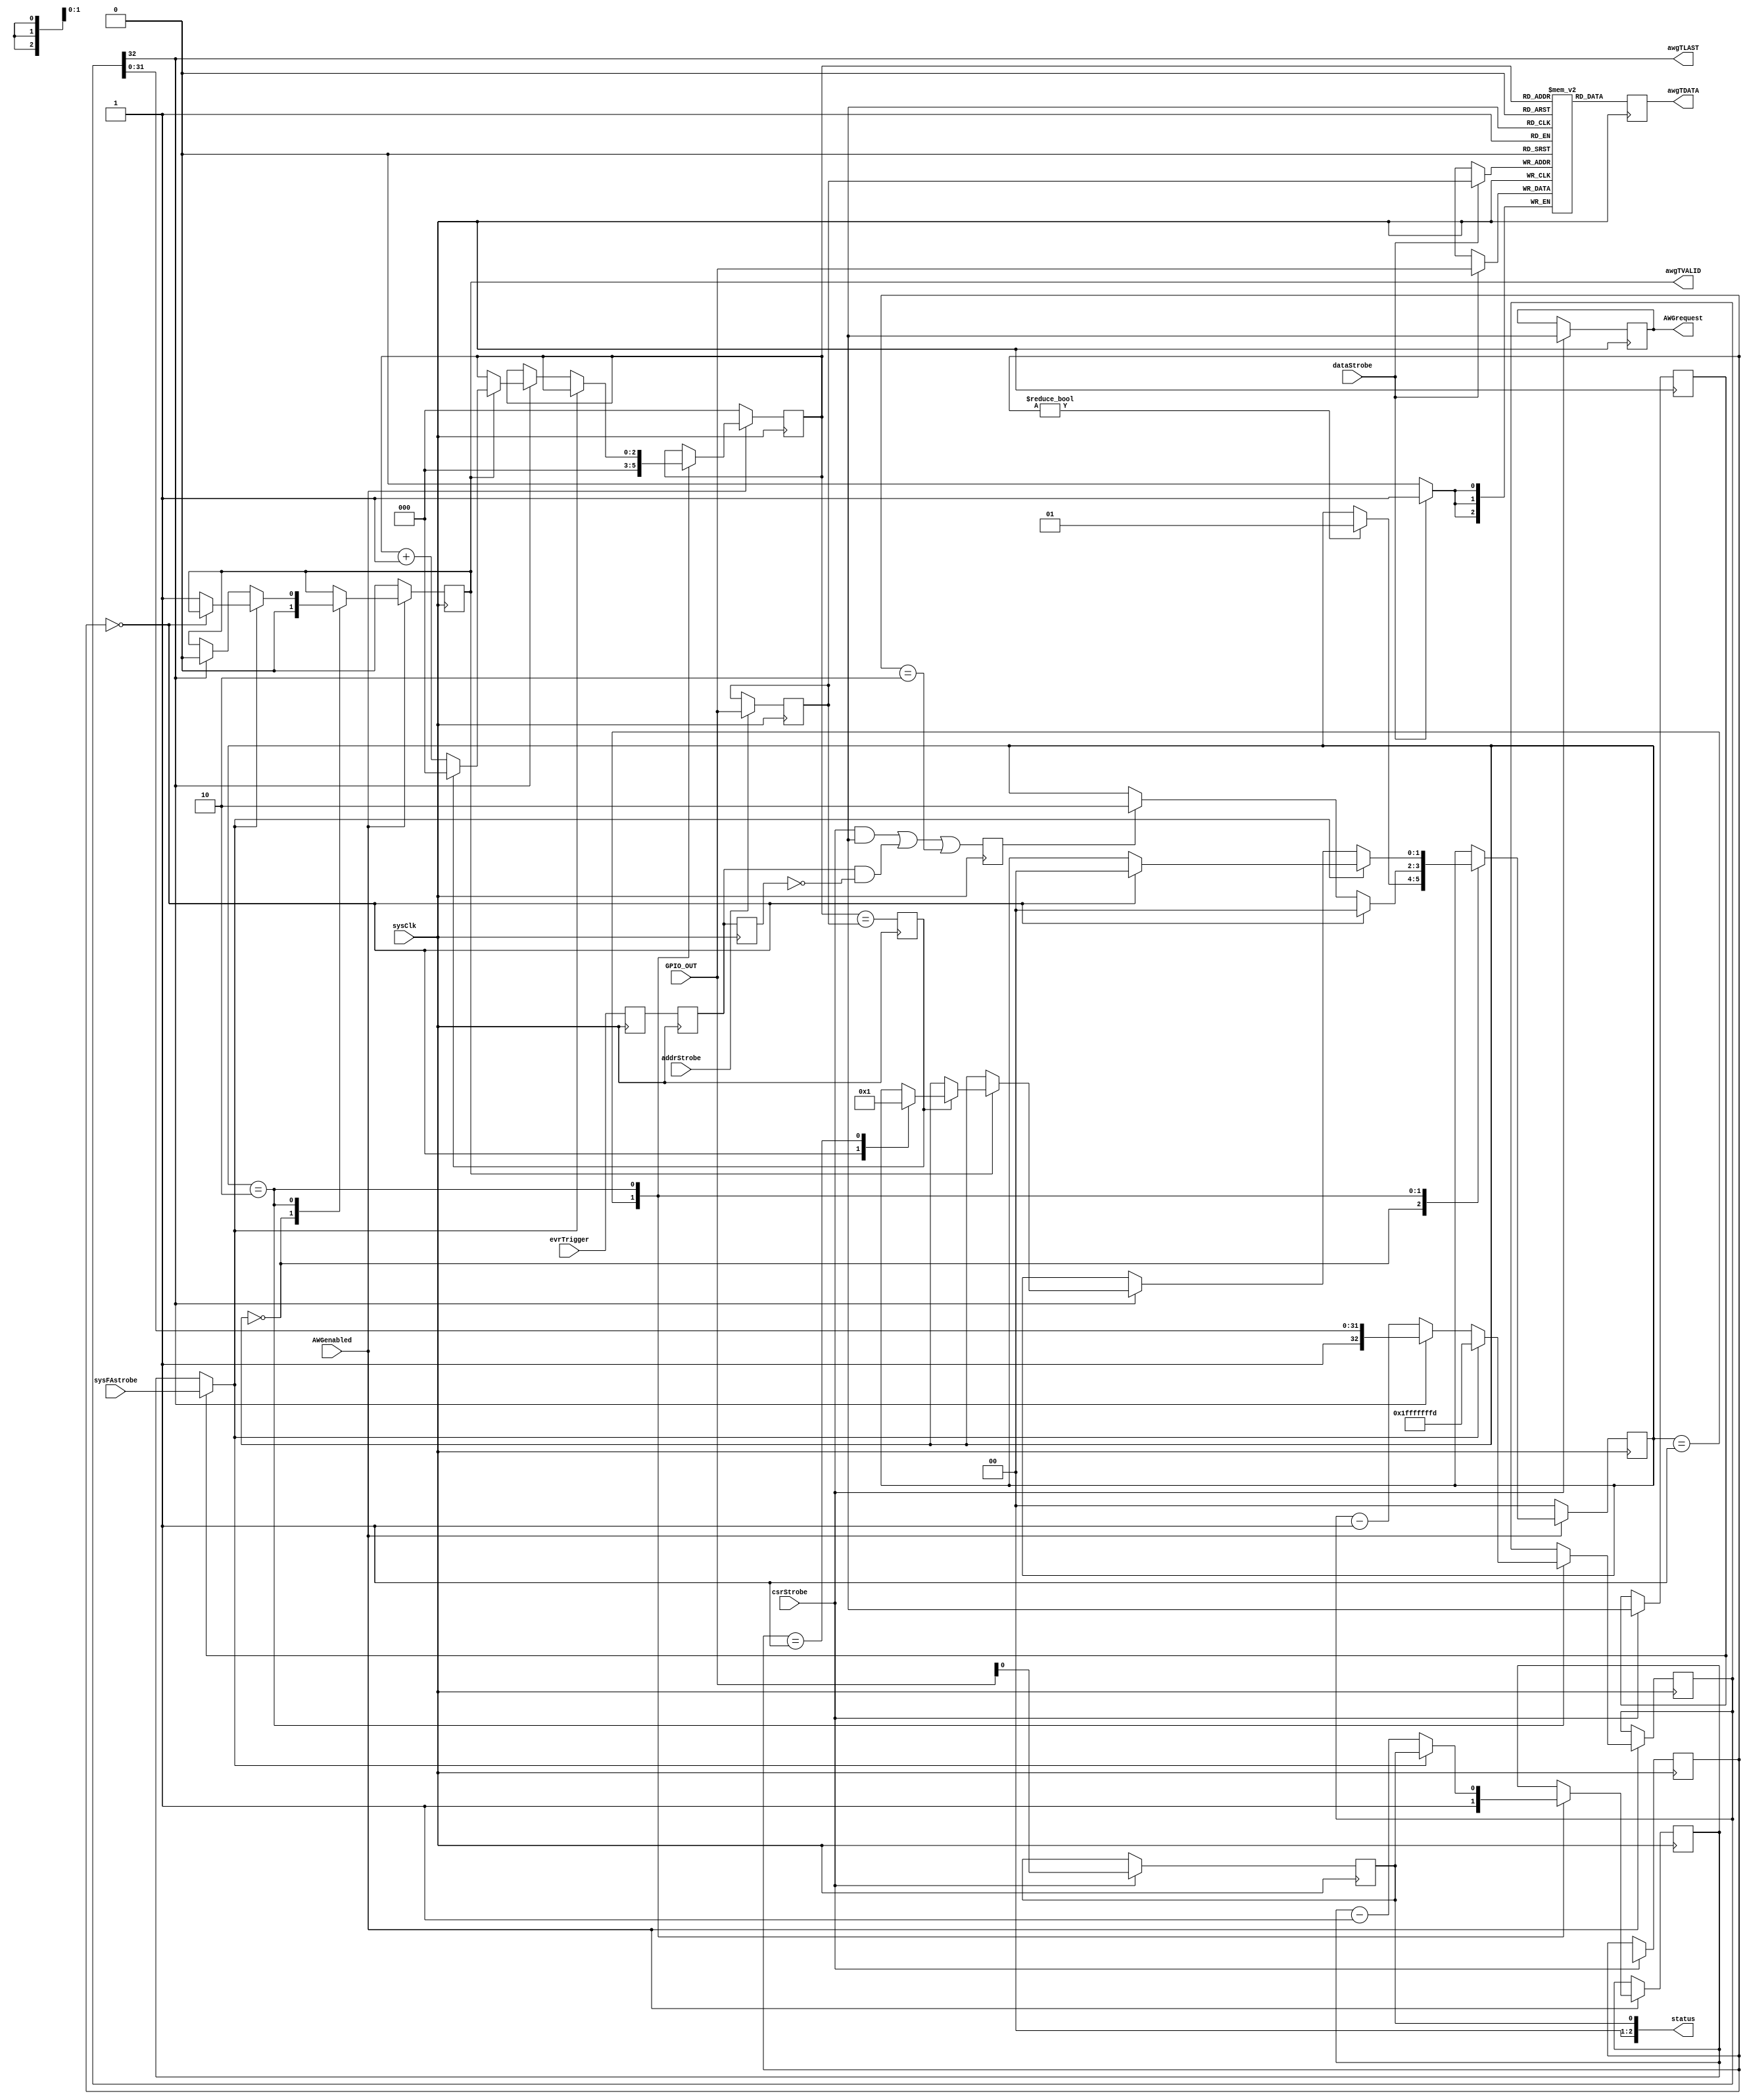
module psAWG #(
    parameter SETPOINT_COUNT = -1,
    parameter DATA_WIDTH     = -1,
    parameter ADDR_WIDTH     = -1,
    parameter SYSCLK_RATE    = -1,
    parameter DEBUG          = "false"
    ) (
    input                        sysClk,
    input                        csrStrobe,
    input                        addrStrobe,
    input                        dataStrobe,
    input       [DATA_WIDTH-1:0] GPIO_OUT,
    output wire [DATA_WIDTH-1:0] status,

    input                        evrTrigger,
    input                        sysFAstrobe,

    output reg                   AWGrequest = 0,
    input                        AWGenabled,

    (*mark_debug=DEBUG*) output wire [DATA_WIDTH-1:0] awgTDATA,
    (*mark_debug=DEBUG*) output reg                   awgTVALID = 0,
    (*mark_debug=DEBUG*) output wire                  awgTLAST);

// Up to 1 ms per point
localparam SAMPLE_INTERVAL_COUNTER_WIDTH = $clog2(SYSCLK_RATE/1000) + 1;
reg [SAMPLE_INTERVAL_COUNTER_WIDTH-1:0] intervalCounterReload;
reg [SAMPLE_INTERVAL_COUNTER_WIDTH-1:0] intervalCounter;
wire intervalCounterDone = intervalCounter[SAMPLE_INTERVAL_COUNTER_WIDTH-1];

reg useFAmarker = 0;
(*mark_debug=DEBUG*)
wire sampleTrigger = useFAmarker ? sysFAstrobe : intervalCounterDone;

(*ASYNC_REG="true"*) reg sysEvrTrigger_m;
(*mark_debug=DEBUG*) reg sysEvrTrigger;
                     reg sysEvrTrigger_d;

(*mark_debug=DEBUG*) reg [ADDR_WIDTH-1:0] writeAddress, readAddress;
reg [DATA_WIDTH-1:0] dpram [0:(1<<ADDR_WIDTH)-1], dpramQ;
assign awgTDATA = dpramQ;

localparam SETPOINT_COUNTER_WIDTH = $clog2(SETPOINT_COUNT);
reg [SETPOINT_COUNTER_WIDTH:0] setpointCounter;
wire setpointCounterDone = setpointCounter[SETPOINT_COUNTER_WIDTH];
assign awgTLAST = setpointCounterDone;

(*mark_debug=DEBUG*) reg trigger = 0;
(*mark_debug=DEBUG*) reg addressMatch = 0;
localparam ST_IDLE   = 2'd0,
           ST_ARMED  = 2'd1,
           ST_ACTIVE = 2'd2;
(*mark_debug=DEBUG*) reg [1:0] state = ST_IDLE;

localparam MODE_DISABLED   = 2'd0;
localparam MODE_RETRIGGER  = 2'd1;
localparam MODE_CONTINUOUS = 2'd2;
(*mark_debug=DEBUG*) reg [1:0] mode     = MODE_DISABLED;

assign status = { AWGrequest, AWGenabled, state,
                  1'b0, useFAmarker, mode,
                  {24-SAMPLE_INTERVAL_COUNTER_WIDTH{1'b0}},
                  intervalCounterReload };

always @(posedge sysClk) begin
    sysEvrTrigger_m <= evrTrigger;
    sysEvrTrigger   <= sysEvrTrigger_m;
    sysEvrTrigger_d <= sysEvrTrigger;
    trigger <= ((csrStrobe && GPIO_OUT[27])
             || (sysEvrTrigger && !sysEvrTrigger_d)
             || (mode == MODE_CONTINUOUS));
    addressMatch <= (readAddress == writeAddress);

    // DPRAM
    if (addrStrobe) writeAddress <= GPIO_OUT[ADDR_WIDTH-1:0];
    if (dataStrobe) dpram[writeAddress] <= GPIO_OUT;
    dpramQ <= dpram[readAddress];

    // Control
    if (csrStrobe) begin
        // psMux ensures that AWGenabled transitions occur between packets
        AWGrequest  <= GPIO_OUT[31];
        useFAmarker <= GPIO_OUT[26];
        mode        <= GPIO_OUT[25:24];
        intervalCounterReload <= GPIO_OUT[SAMPLE_INTERVAL_COUNTER_WIDTH-1:0];
    end

    // AWG state machine
    if (AWGenabled) begin
        case (state)
        ST_IDLE: begin
            awgTVALID <= 0;
            if (mode != MODE_DISABLED) begin
                state <= ST_ARMED;
            end
        end
        ST_ARMED: begin
            readAddress <= 0;
            intervalCounter <= ~0;
            if (mode == MODE_DISABLED) begin
                state <= ST_IDLE;
            end
            else if (trigger) begin
                state <= ST_ACTIVE;
            end
        end
        ST_ACTIVE: begin
            if (sampleTrigger) begin
                intervalCounter <= intervalCounterReload;
                setpointCounter <= SETPOINT_COUNT - 2;
                if (mode == MODE_DISABLED) begin
                    state <= ST_IDLE;
                end
                else begin
                    awgTVALID <= 1;
                end
            end
            else begin
                intervalCounter <= intervalCounter - 1;
                if (setpointCounterDone) begin
                    awgTVALID <= 0;
                    if (awgTVALID) begin
                        if (addressMatch) begin
                            readAddress <= 0;
                            case (mode)
                            MODE_DISABLED:  state <= ST_IDLE;
                            MODE_RETRIGGER: state <= ST_ARMED;
                            default: ;
                            endcase
                        end
                        else begin
                            readAddress <= readAddress + 1;
                        end
                    end
                end
                else begin
                    setpointCounter <= setpointCounter - 1;
                end
            end
        end
        default: ;
        endcase
    end
    else begin
        state <= ST_IDLE;
        awgTVALID <= 0;
        readAddress <= 0;
    end
end

endmodule